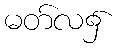
မတ်လ၌